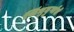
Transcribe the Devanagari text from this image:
सिंधुदुर्गाचे